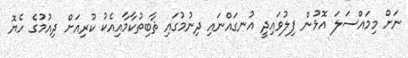
ނަށް މިމައްސަލަ އޮޅުން ފިލުވައިދީ އުނގައްނައި ދިނުމުގައި ޘާބިތުކާމާއިއެކު ކުރިއަށް ދިއުމުގެ ހެޔޮ